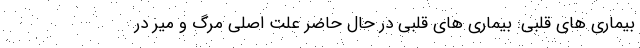
بیماری های قلبی: بیماری های قلبی در حال حاضر علت اصلی مرگ و میر در